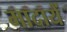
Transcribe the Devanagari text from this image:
मादायें